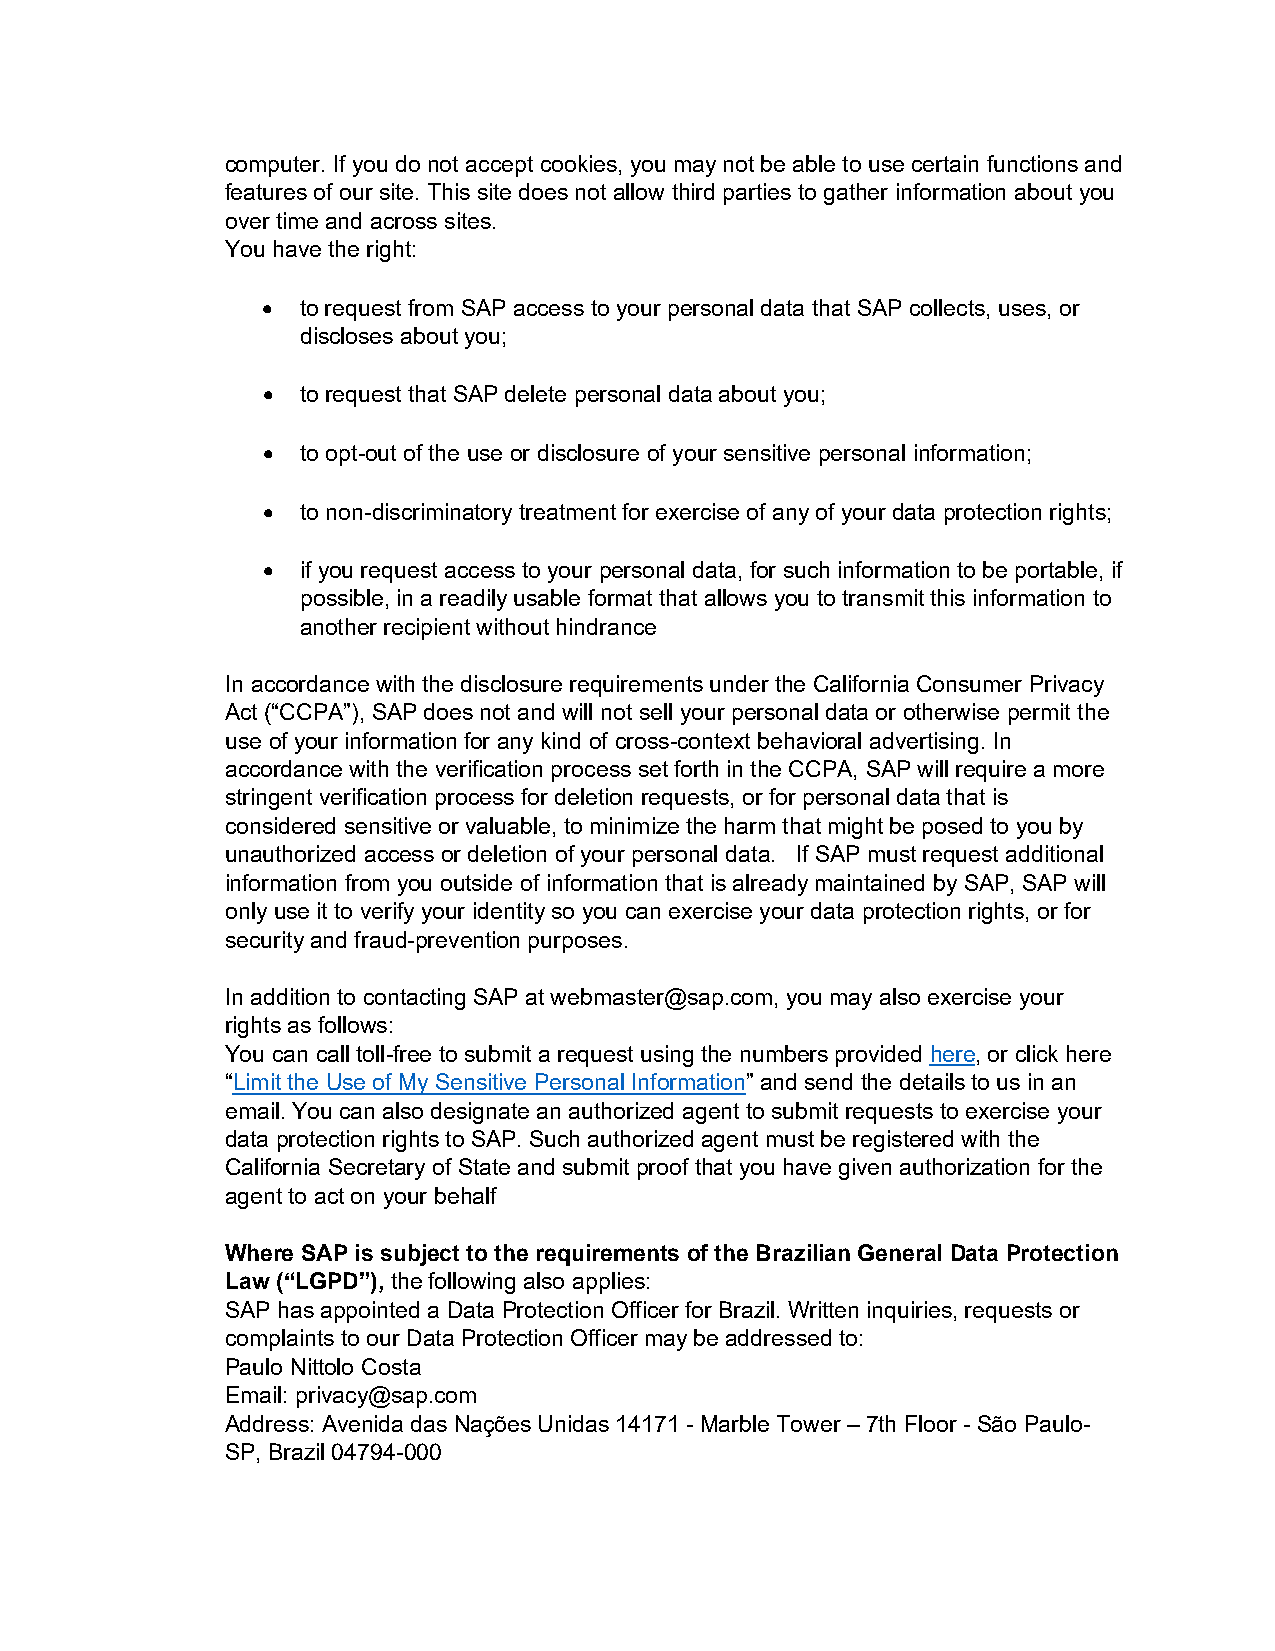
computer. If you do not accept cookies, you may not be able to use certain functions and
 features of our site. This site does not allow third parties to gather information about you
 over time and across sites.
 You have the right:
 •  to request from SAP access to your personal data that SAP collects, uses, or
 discloses about you;
 •  to request that SAP delete personal data about you;
 •  to opt-out of the use or disclosure of your sensitive personal information;
 •  to non-discriminatory treatment for exercise of any of your data protection rights;
 •  if you request access to your personal data, for such information to be portable, if
 possible, in a readily usable format that allows you to transmit this information to
 another recipient without hindrance
 In accordance with the disclosure requirements under the California Consumer Privacy
 Act (“CCPA”), SAP does not and will not sell your personal data or otherwise permit the
 use of your information for any kind of cross-context behavioral advertising. In
 accordance with the verification process set forth in the CCPA, SAP will require a more
 stringent verification process for deletion requests, or for personal data that is
 considered sensitive or valuable, to minimize the harm that might be posed to you by
 unauthorized access or deletion of your personal data. If SAP must request additional
 information from you outside of information that is already maintained by SAP, SAP will
 only use it to verify your identity so you can exercise your data protection rights, or for
 security and fraud-prevention purposes.
 In addition to contacting SAP at webmaster@sap.com, you may also exercise your
 rights as follows:
 You can call toll-free to submit a request using the numbers provided here, or click here
 “Limit the Use of My Sensitive Personal Information” and send the details to us in an
 email. You can also designate an authorized agent to submit requests to exercise your
 data protection rights to SAP. Such authorized agent must be registered with the
 California Secretary of State and submit proof that you have given authorization for the
 agent to act on your behalf
 Where SAP is subject to the requirements of the Brazilian General Data Protection
 Law (“LGPD”), the following also applies:
 SAP has appointed a Data Protection Officer for Brazil. Written inquiries, requests or
 complaints to our Data Protection Officer may be addressed to:
 Paulo Nittolo Costa
 Email: privacy@sap.com
 Address: Avenida das Nações Unidas 14171 - Marble Tower – 7th Floor - São Paulo-
 SP, Brazil 04794-000